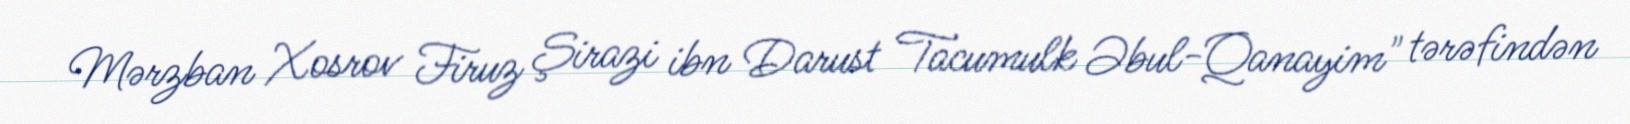
Mərzban Xosrov Firuz Şirazi ibn Darust Tacumulk Əbul-Qanayim" tərəfindən